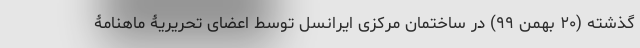
گذشته (۲۰ بهمن ۹۹) در ساختمان مرکزی ایرانسل توسط اعضای تحریریۀ ماهنامۀ